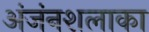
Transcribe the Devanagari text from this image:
अंजंनशलाका